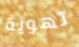
تهوية